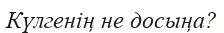
Күлгенің не досыңа?